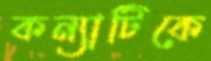
কন্যাটিকে